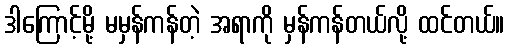
ဒါကြောင့်မို့ မမှန်ကန်တဲ့ အရာကို မှန်ကန်တယ်လို့ ထင်တယ်။